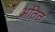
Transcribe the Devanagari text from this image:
अतित